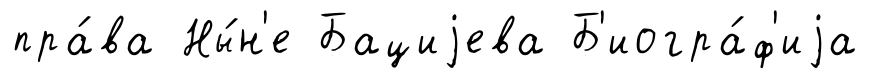
пра́ва Ны́н'е Бациjева Б'иогра́ф'иjа